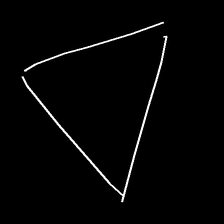
Glyph: convergence